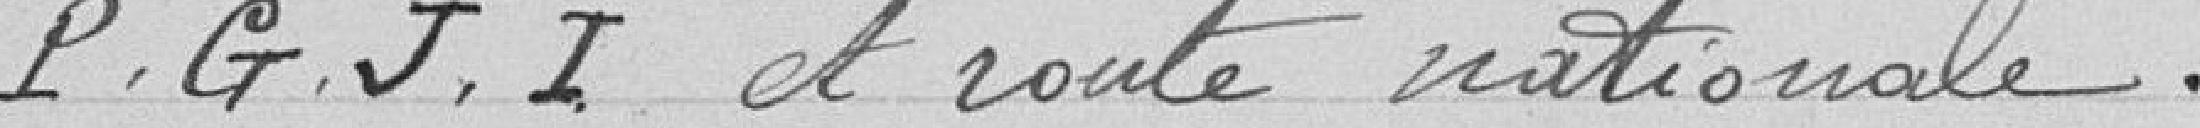
P.G.J.I. et route nationale.